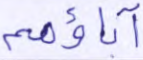
آباؤهم